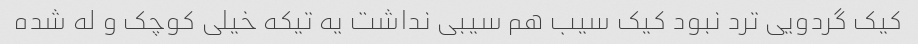
کیک گردویی ترد نبود کیک سیب هم سیبی نداشت یه تیکه خیلی کوچک و له شده